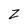
Character: Z